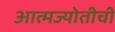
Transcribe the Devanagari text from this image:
आत्मज्योतीची